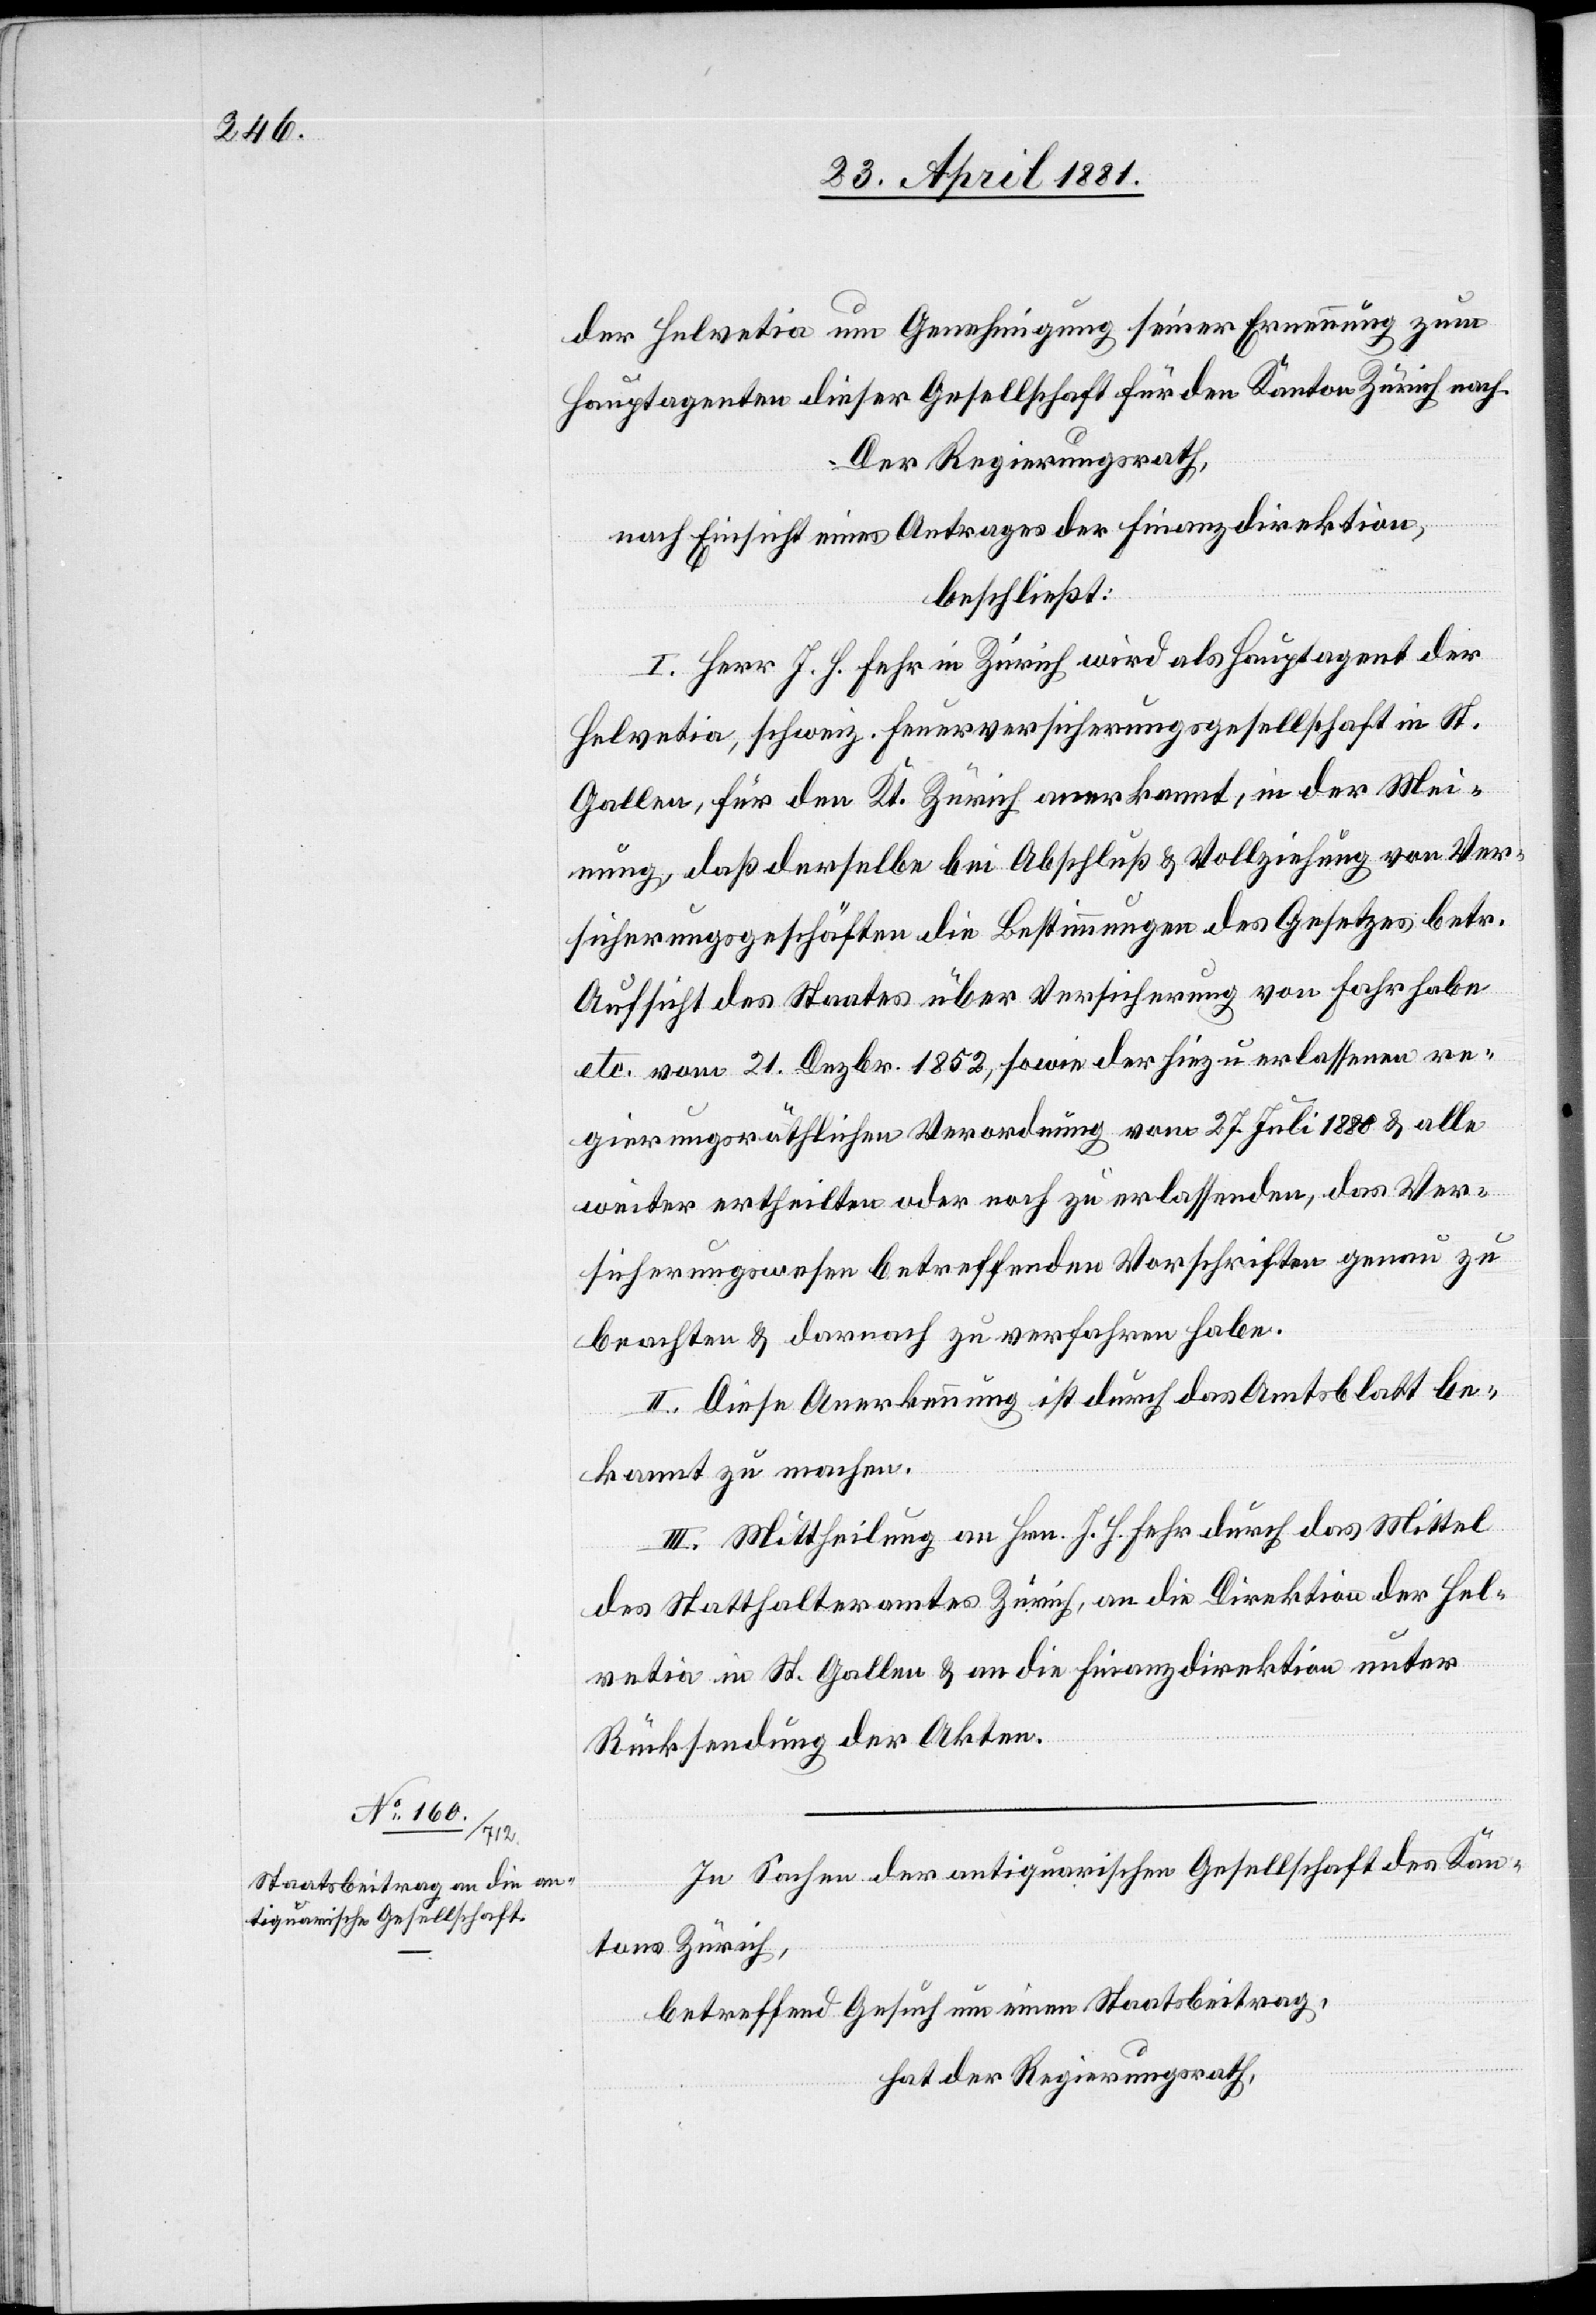
der Helvetia um Genehmigung seiner Ernennung zum
Hauptagenten dieser Gesellschaft für den Kanton Zürich nach.
Der Regierungsrath,
nach Einsicht eines Antrages der Finanzdirektion,
beschließt:
I. Herr J. H. Fehr in Zürich wird als Hauptagent der
Helvetia, schweiz. Feuerversicherungsgesellschaft in St.
Gallen, für den Kt. Zürich anerkannt, in der Mei¬
nung, daß derselbe bei Abschluß & Vollziehung von Ver¬
sicherungsgeschäften die Bestimmungen des Gesetzes betr.
Aufsicht des Staates über Versicherung von Fahr habe
etc. vom 21. Dezbr. 1852, sowie der hiezu erlassenen re¬
gierungsräthlichen Verordnung vom 27. Juli 1880 & alle
weiter ertheilten oder noch zu erlassenden, das Ver¬
sicherungswesen betreffenden Vorschriften genau zu
beachten & darnach zu verfahren habe.
II. Diese Anerkennung ist durch das Amtsblatt be¬
kannt zu machen.
III. Mittheilung an Hrn. J. H. Fehr durch das Mittel
des Statthalteramtes Zürich, an die Direktion der Hel¬
vetia in St. Gallen & an die Finanzdirektion unter
Rücksendung der Akten.
In Sachen der antiquarischen Gesellschaft des Kan¬
tons Zürich,
betreffend Gesuch um einen Staatsbeitrag,
hat der Regierungsrath,